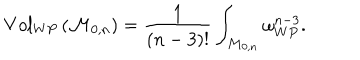
V o l _ { W P } \left( { \cal M } _ { 0 , n } \right) = \frac { 1 } { ( n - 3 ) ! } \int _ { { \cal M } _ { 0 , n } } \omega _ { W P } ^ { n - 3 } .